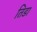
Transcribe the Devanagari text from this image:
तिडा